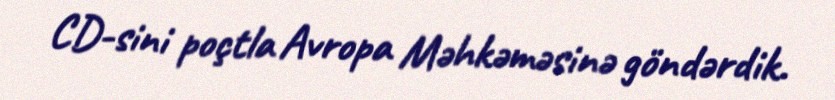
CD-sini poçtla Avropa Məhkəməsinə göndərdik.